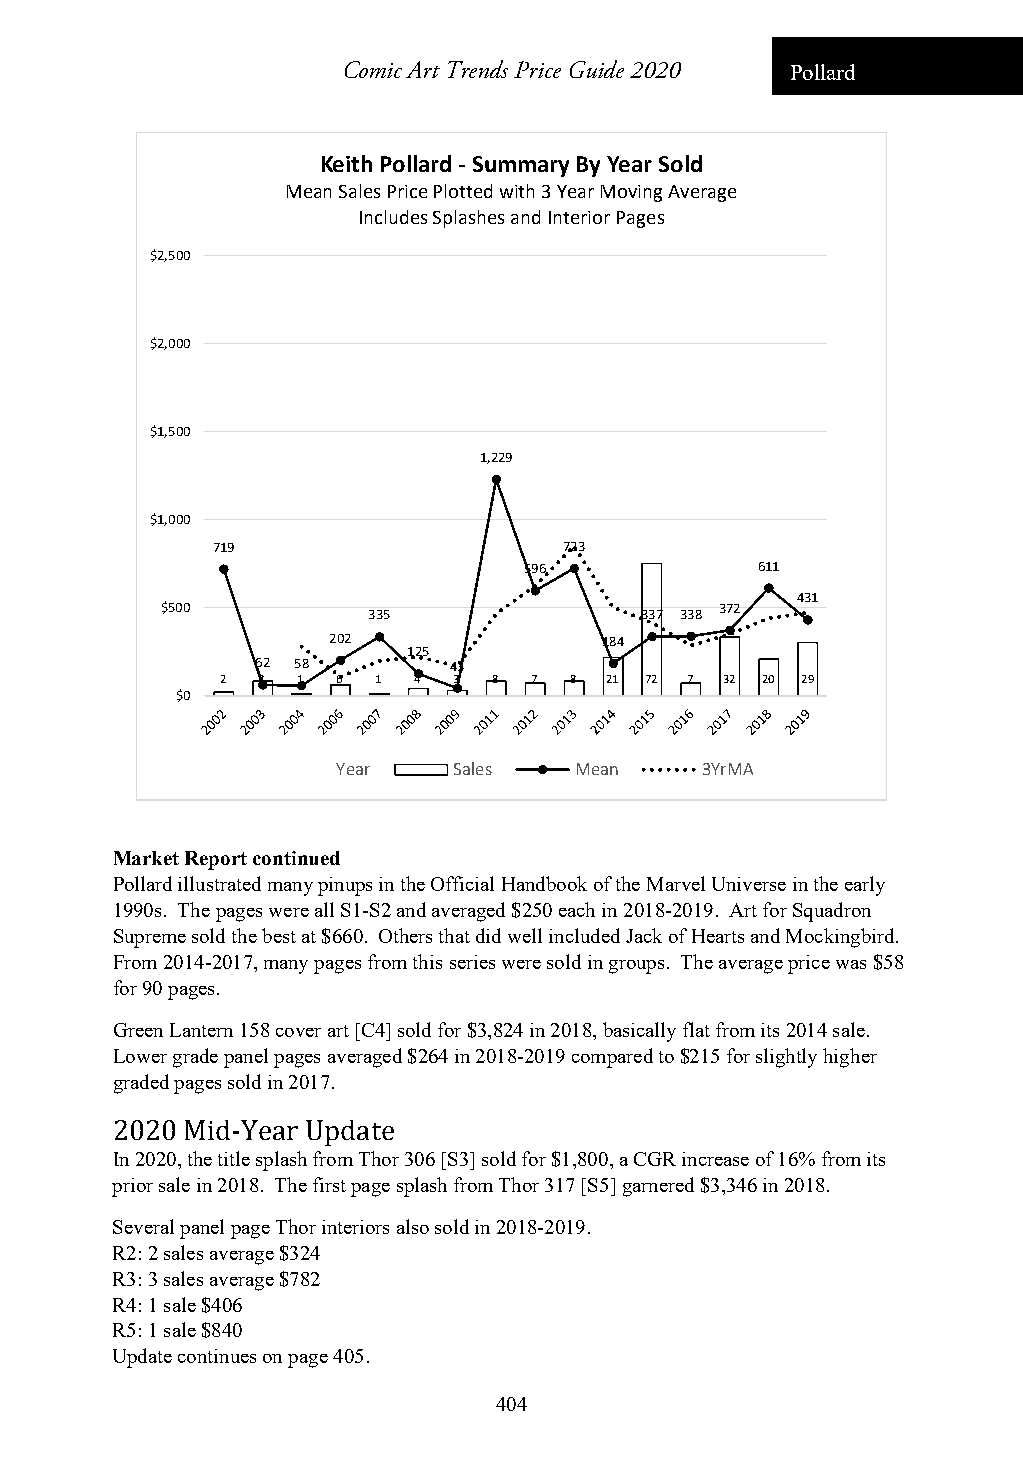
Comic Art Trends Price Guide 2020 Pollard
 Keith Pollard ‐Summary By Year Sold
 Mean Sales Price Plotted with 3 Year Moving Average
 Includes Splashes and Interior Pages
 $2,500
 $2,000
 $1,500
 1,229
 $1,000
 719                    723
 596            611
 431
 $500         335               337 338 372
 202               184
 125
 62 58        43
 2 8  1 6  1 4  3  8 7  8 21 72 7 32 20 29
 $0
 Year    Sales   Mean    3YrMA
 Market Report continued
 Pollard illustrated many pinups in the Official Handbook of the Marvel Universe in the early
 1990s. The pages were all S1-S2 and averaged $250 each in 2018-2019. Art for Squadron
 Supreme sold the best at $660. Others that did well included Jack of Hearts and Mockingbird.
 From 2014-2017, many pages from this series were sold in groups. The average price was $58
 for 90 pages.
 Green Lantern 158 cover art [C4] sold for $3,824 in 2018, basically flat from its 2014 sale.
 Lower grade panel pages averaged $264 in 2018-2019 compared to $215 for slightly higher
 graded pages sold in 2017.
 2020 Mid-Year Update
 In 2020, the title splash from Thor 306 [S3] sold for $1,800, a CGR increase of 16% from its
 prior sale in 2018. The first page splash from Thor 317 [S5] garnered $3,346 in 2018.
 Several panel page Thor interiors also sold in 2018-2019.
 R2: 2 sales average $324
 R3: 3 sales average $782
 R4: 1 sale $406
 R5: 1 sale $840
 Update continues on page 405.
 404